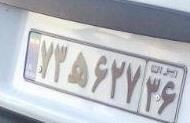
۷۳ه۶۲۷۳۶